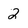
Character: 2